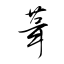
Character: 葺